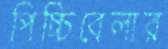
পিচ্চিবেলার